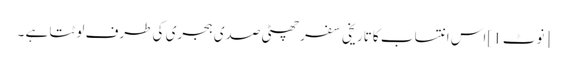
[نوٹ 1]اس انتساب کا تاریخی سفر چھٹی صدی ہجری کی طرف لوٹتا ہے ۔